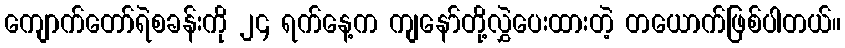
ကျောက်တော်ရဲစခန်းကို ၂၄ ရက်နေ့က ကျနော်တို့လွှဲပေးထားတဲ့ တယောက်ဖြစ်ပါတယ်။